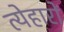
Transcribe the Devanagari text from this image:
त्येहारों